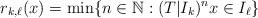
LaTeX: \begin{align*}r_{k,\ell}(x) = \min \{ n \in \mathbb{N} : (T|I_k)^n x \in I_\ell \}\end{align*}